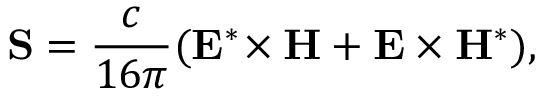
\mathbf { S } = \frac { c } { 1 6 \pi } ( \mathbf { E } ^ { * } \! \times \mathbf { H } + \mathbf { E } \times \mathbf { H } ^ { * } ) ,